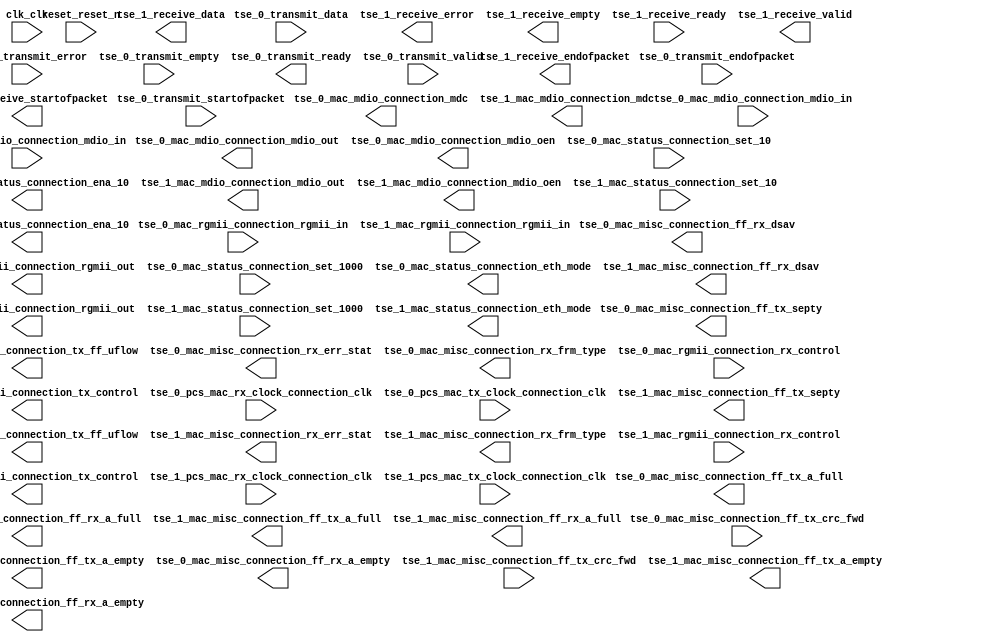

module ethernet_pt (
	clk_clk,
	reset_reset_n,
	tse_0_mac_mdio_connection_mdc,
	tse_0_mac_mdio_connection_mdio_in,
	tse_0_mac_mdio_connection_mdio_out,
	tse_0_mac_mdio_connection_mdio_oen,
	tse_0_mac_misc_connection_ff_tx_crc_fwd,
	tse_0_mac_misc_connection_ff_tx_septy,
	tse_0_mac_misc_connection_tx_ff_uflow,
	tse_0_mac_misc_connection_ff_tx_a_full,
	tse_0_mac_misc_connection_ff_tx_a_empty,
	tse_0_mac_misc_connection_rx_err_stat,
	tse_0_mac_misc_connection_rx_frm_type,
	tse_0_mac_misc_connection_ff_rx_dsav,
	tse_0_mac_misc_connection_ff_rx_a_full,
	tse_0_mac_misc_connection_ff_rx_a_empty,
	tse_0_mac_rgmii_connection_rgmii_in,
	tse_0_mac_rgmii_connection_rgmii_out,
	tse_0_mac_rgmii_connection_rx_control,
	tse_0_mac_rgmii_connection_tx_control,
	tse_0_mac_status_connection_set_10,
	tse_0_mac_status_connection_set_1000,
	tse_0_mac_status_connection_eth_mode,
	tse_0_mac_status_connection_ena_10,
	tse_0_pcs_mac_rx_clock_connection_clk,
	tse_0_pcs_mac_tx_clock_connection_clk,
	tse_0_transmit_data,
	tse_0_transmit_endofpacket,
	tse_0_transmit_error,
	tse_0_transmit_empty,
	tse_0_transmit_ready,
	tse_0_transmit_startofpacket,
	tse_0_transmit_valid,
	tse_1_mac_mdio_connection_mdc,
	tse_1_mac_mdio_connection_mdio_in,
	tse_1_mac_mdio_connection_mdio_out,
	tse_1_mac_mdio_connection_mdio_oen,
	tse_1_mac_misc_connection_ff_tx_crc_fwd,
	tse_1_mac_misc_connection_ff_tx_septy,
	tse_1_mac_misc_connection_tx_ff_uflow,
	tse_1_mac_misc_connection_ff_tx_a_full,
	tse_1_mac_misc_connection_ff_tx_a_empty,
	tse_1_mac_misc_connection_rx_err_stat,
	tse_1_mac_misc_connection_rx_frm_type,
	tse_1_mac_misc_connection_ff_rx_dsav,
	tse_1_mac_misc_connection_ff_rx_a_full,
	tse_1_mac_misc_connection_ff_rx_a_empty,
	tse_1_mac_rgmii_connection_rgmii_in,
	tse_1_mac_rgmii_connection_rgmii_out,
	tse_1_mac_rgmii_connection_rx_control,
	tse_1_mac_rgmii_connection_tx_control,
	tse_1_mac_status_connection_set_10,
	tse_1_mac_status_connection_set_1000,
	tse_1_mac_status_connection_eth_mode,
	tse_1_mac_status_connection_ena_10,
	tse_1_pcs_mac_rx_clock_connection_clk,
	tse_1_pcs_mac_tx_clock_connection_clk,
	tse_1_receive_data,
	tse_1_receive_endofpacket,
	tse_1_receive_error,
	tse_1_receive_empty,
	tse_1_receive_ready,
	tse_1_receive_startofpacket,
	tse_1_receive_valid);	

	input		clk_clk;
	input		reset_reset_n;
	output		tse_0_mac_mdio_connection_mdc;
	input		tse_0_mac_mdio_connection_mdio_in;
	output		tse_0_mac_mdio_connection_mdio_out;
	output		tse_0_mac_mdio_connection_mdio_oen;
	input		tse_0_mac_misc_connection_ff_tx_crc_fwd;
	output		tse_0_mac_misc_connection_ff_tx_septy;
	output		tse_0_mac_misc_connection_tx_ff_uflow;
	output		tse_0_mac_misc_connection_ff_tx_a_full;
	output		tse_0_mac_misc_connection_ff_tx_a_empty;
	output	[17:0]	tse_0_mac_misc_connection_rx_err_stat;
	output	[3:0]	tse_0_mac_misc_connection_rx_frm_type;
	output		tse_0_mac_misc_connection_ff_rx_dsav;
	output		tse_0_mac_misc_connection_ff_rx_a_full;
	output		tse_0_mac_misc_connection_ff_rx_a_empty;
	input	[3:0]	tse_0_mac_rgmii_connection_rgmii_in;
	output	[3:0]	tse_0_mac_rgmii_connection_rgmii_out;
	input		tse_0_mac_rgmii_connection_rx_control;
	output		tse_0_mac_rgmii_connection_tx_control;
	input		tse_0_mac_status_connection_set_10;
	input		tse_0_mac_status_connection_set_1000;
	output		tse_0_mac_status_connection_eth_mode;
	output		tse_0_mac_status_connection_ena_10;
	input		tse_0_pcs_mac_rx_clock_connection_clk;
	input		tse_0_pcs_mac_tx_clock_connection_clk;
	input	[31:0]	tse_0_transmit_data;
	input		tse_0_transmit_endofpacket;
	input		tse_0_transmit_error;
	input	[1:0]	tse_0_transmit_empty;
	output		tse_0_transmit_ready;
	input		tse_0_transmit_startofpacket;
	input		tse_0_transmit_valid;
	output		tse_1_mac_mdio_connection_mdc;
	input		tse_1_mac_mdio_connection_mdio_in;
	output		tse_1_mac_mdio_connection_mdio_out;
	output		tse_1_mac_mdio_connection_mdio_oen;
	input		tse_1_mac_misc_connection_ff_tx_crc_fwd;
	output		tse_1_mac_misc_connection_ff_tx_septy;
	output		tse_1_mac_misc_connection_tx_ff_uflow;
	output		tse_1_mac_misc_connection_ff_tx_a_full;
	output		tse_1_mac_misc_connection_ff_tx_a_empty;
	output	[17:0]	tse_1_mac_misc_connection_rx_err_stat;
	output	[3:0]	tse_1_mac_misc_connection_rx_frm_type;
	output		tse_1_mac_misc_connection_ff_rx_dsav;
	output		tse_1_mac_misc_connection_ff_rx_a_full;
	output		tse_1_mac_misc_connection_ff_rx_a_empty;
	input	[3:0]	tse_1_mac_rgmii_connection_rgmii_in;
	output	[3:0]	tse_1_mac_rgmii_connection_rgmii_out;
	input		tse_1_mac_rgmii_connection_rx_control;
	output		tse_1_mac_rgmii_connection_tx_control;
	input		tse_1_mac_status_connection_set_10;
	input		tse_1_mac_status_connection_set_1000;
	output		tse_1_mac_status_connection_eth_mode;
	output		tse_1_mac_status_connection_ena_10;
	input		tse_1_pcs_mac_rx_clock_connection_clk;
	input		tse_1_pcs_mac_tx_clock_connection_clk;
	output	[31:0]	tse_1_receive_data;
	output		tse_1_receive_endofpacket;
	output	[5:0]	tse_1_receive_error;
	output	[1:0]	tse_1_receive_empty;
	input		tse_1_receive_ready;
	output		tse_1_receive_startofpacket;
	output		tse_1_receive_valid;
endmodule